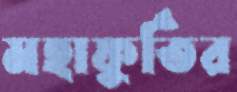
মহাফুর্তির